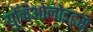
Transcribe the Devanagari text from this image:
युनिओलोइड्स